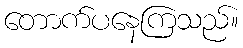
တောက်ပနေကြသည်။